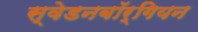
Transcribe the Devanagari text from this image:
स्वेडनबॉर्गियन